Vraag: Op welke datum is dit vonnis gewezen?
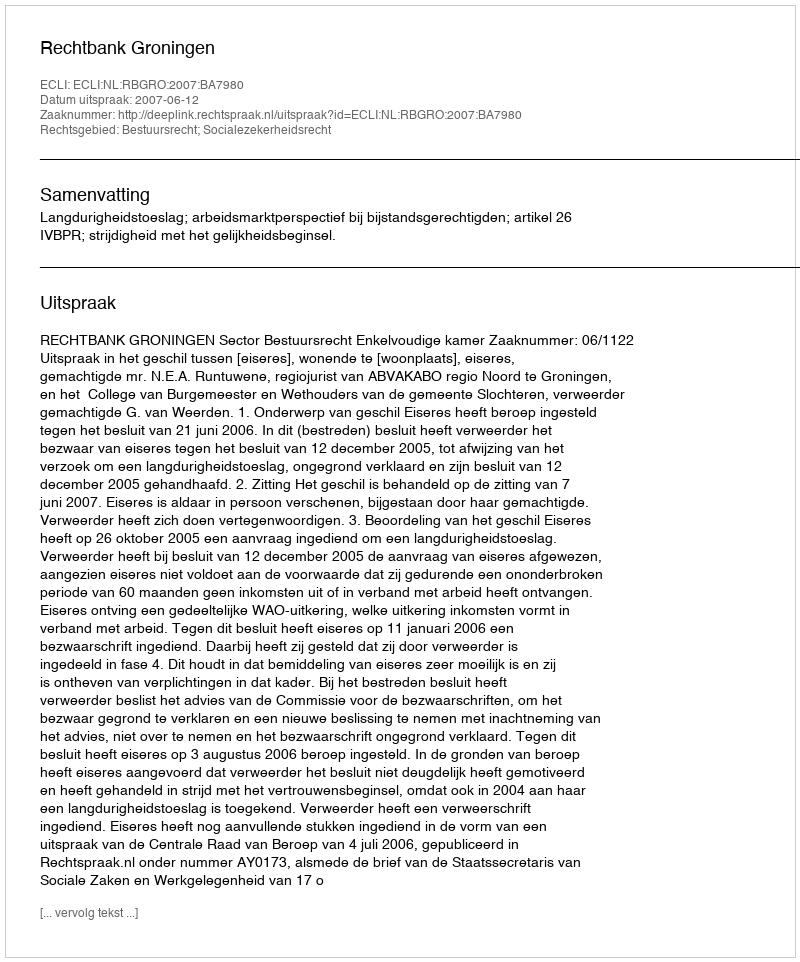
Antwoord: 2007-06-12